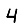
Digit: 4